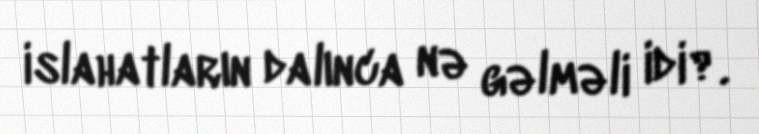
islahatların dalınca nə gəlməli idi?.